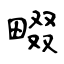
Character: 畷